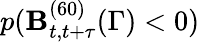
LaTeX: p(\mathbf{B}_{t,t+\tau}^{(60)}(\Gamma)<0)